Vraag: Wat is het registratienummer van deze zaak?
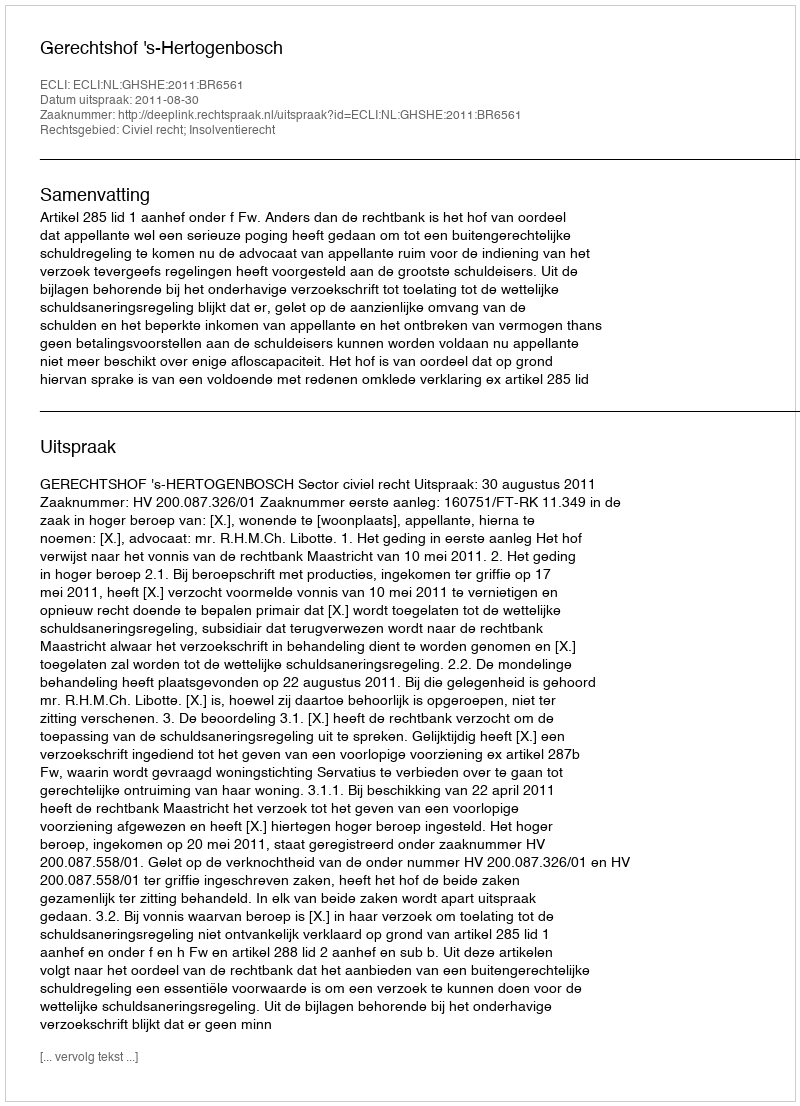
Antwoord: http://deeplink.rechtspraak.nl/uitspraak?id=ECLI:NL:GHSHE:2011:BR6561